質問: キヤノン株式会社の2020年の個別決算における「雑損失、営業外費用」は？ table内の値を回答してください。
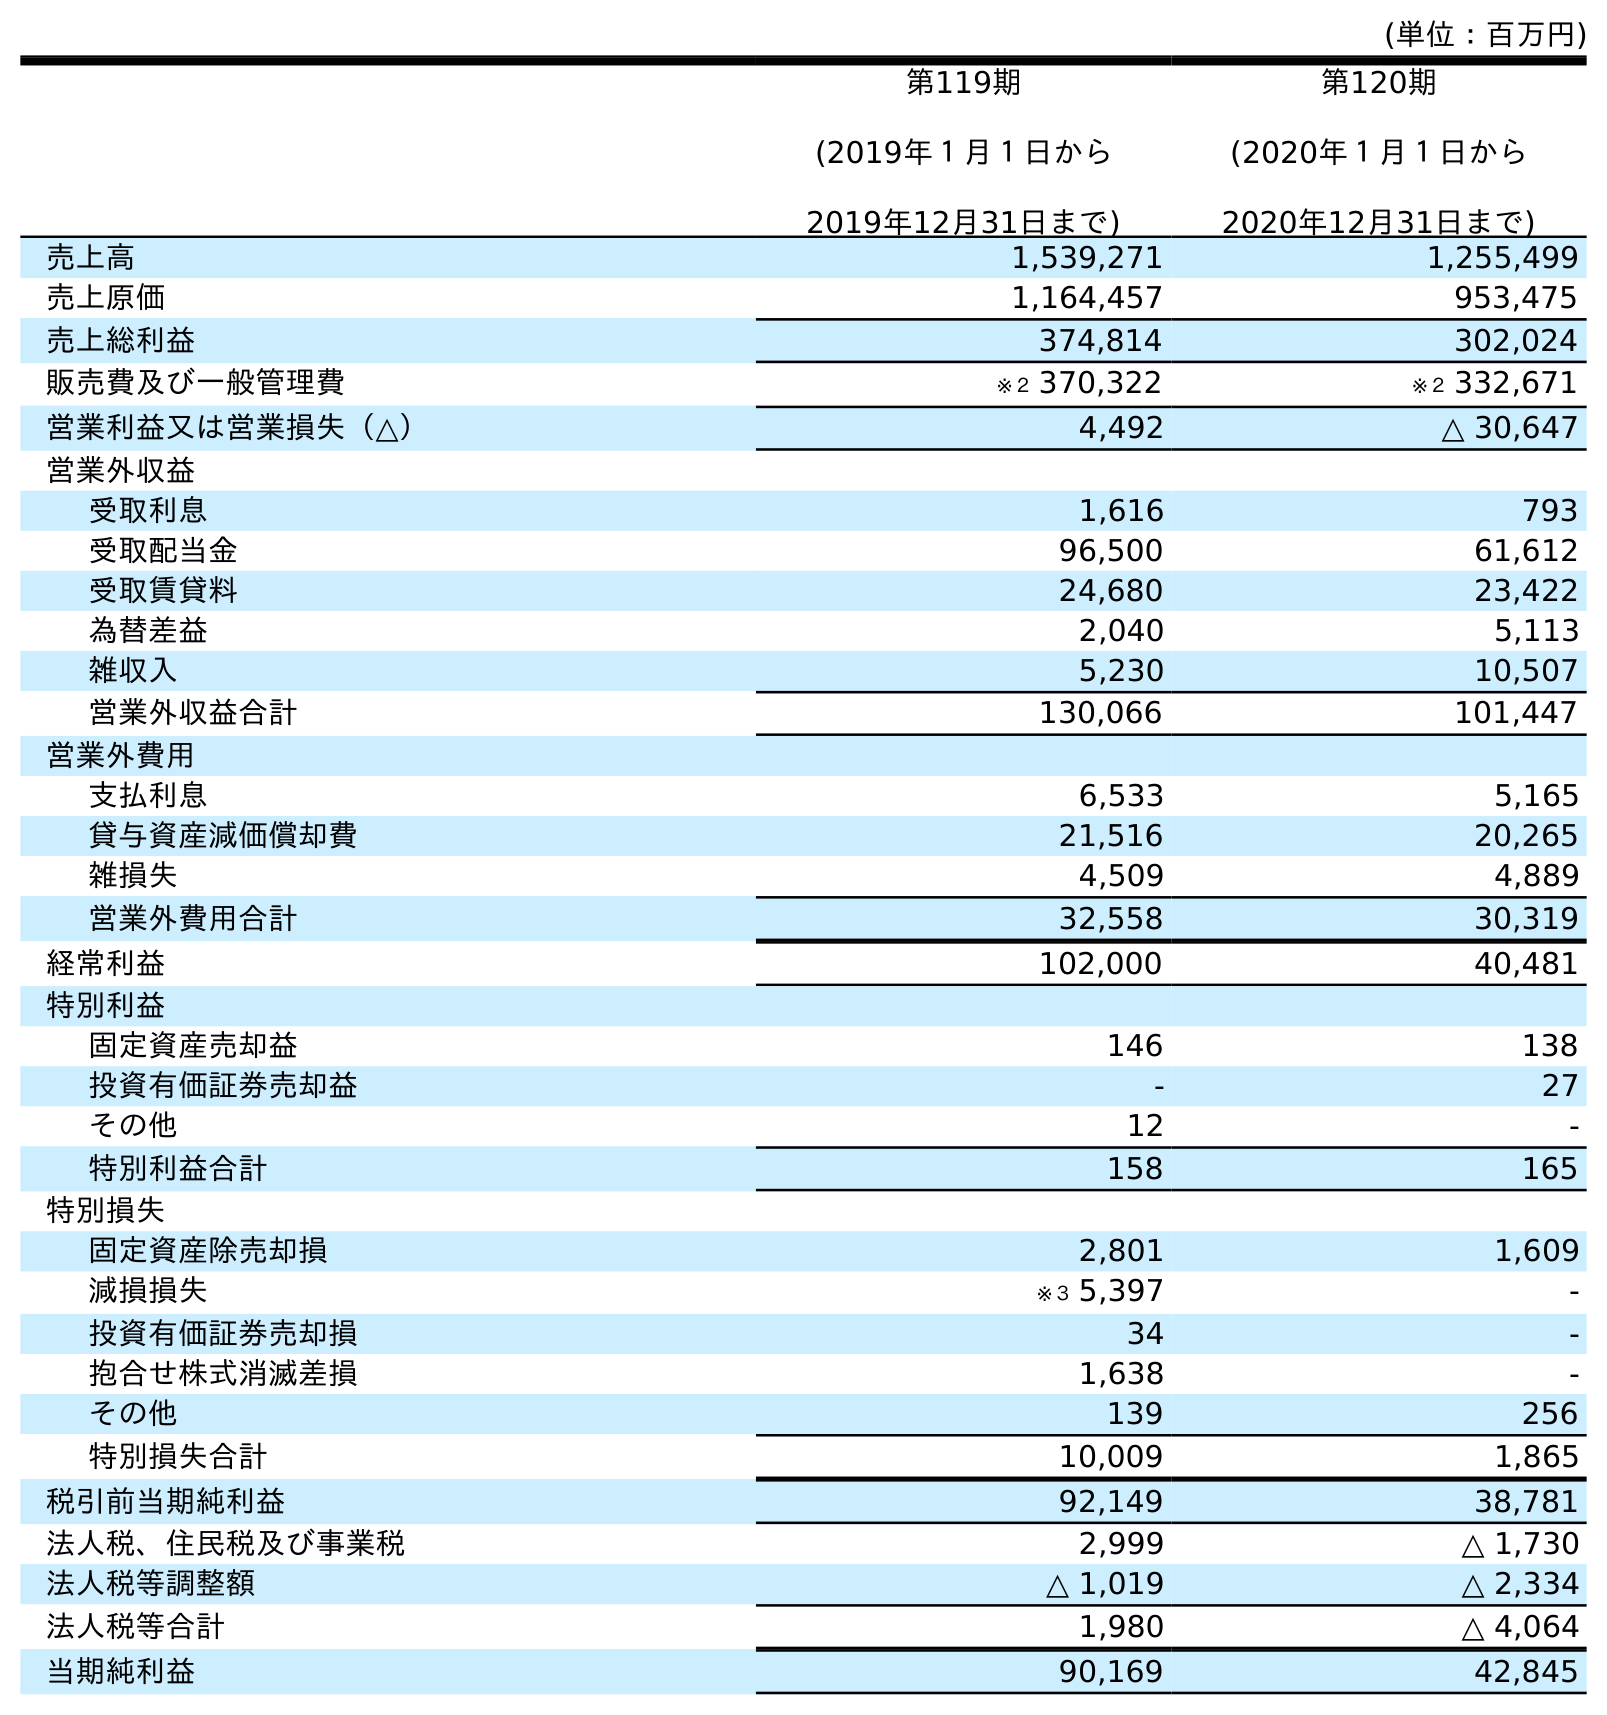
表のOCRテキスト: (単位：百万円) 第119期 (2019年１月１日から 2019年12月31日まで) 第120期 (2020年１月１日から 2020年12月31日まで) 売上高 1,539,271 1,255,499 売上原価 1,164,457 953,475 売上総利益 374,814 302,024 販売費及び一般管理費 ※２ 370,322 ※２ 332,671 営業利益又は営業損失（△） 4,492 △ 30,647 営業外収益 受取利息 1,616 793 受取配当金 96,500 61,612 受取賃貸料 24,680 23,422 為替差益 2,040 5,113 雑収入 5,230 10,507 営業外収益合計 130,066 101,447 営業外費用 支払利息 6,533 5,165 貸与資産減価償却費 21,516 20,265 雑損失 4,509 4,889 営業外費用合計 32,558 30,319 経常利益 102,000 40,481 特別利益 固定資産売却益 146 138 投資有価証券売却益 - 27 その他 12 - 特別利益合計 158 165 特別損失 固定資産除売却損 2,801 1,609 減損損失 ※３ 5,397 - 投資有価証券売却損 34 - 抱合せ株式消滅差損 1,638 - その他 139 256 特別損失合計 10,009 1,865 税引前当期純利益 92,149 38,781 法人税、住民税及び事業税 2,999 △ 1,730 法人税等調整額 △ 1,019 △ 2,334 法人税等合計 1,980 △ 4,064 当期純利益 90,169 42,845
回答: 4,889